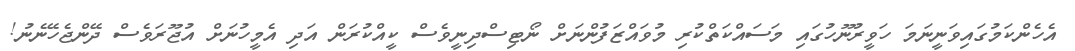
އެހެންކަމުގައިވަނީނަމަ ހަވީރުނޫހުގައި މަސައްކަތްކުރި މުވައްޒަފުންނަށް ނޯޓިސްދިނީވެސް ކީއްކުރަން އަދި އެމީހުނަށް އުޖޫރަވެސް ދޭންޖެހޭނެނު!